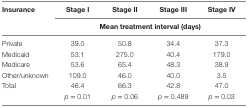
<table><thead><tr><td rowspan="3"><b>Insurance</b></td><td><b>Stage I</b></td><td><b>Stage II</b></td><td><b>Stage III</b></td><td><b>Stage IV</b></td></tr><tr><td colspan="4"><b>Mean treatment interval (days)</b></td></tr></thead><tbody><tr><td>Private</td><td>39.0</td><td>50.8</td><td>34.4</td><td>37.3</td></tr><tr><td>Medicaid</td><td>53.1</td><td>275.0</td><td>40.4</td><td>179.0</td></tr><tr><td>Medicare</td><td>53.6</td><td>65.4</td><td>48.3</td><td>38.9</td></tr><tr><td>Other/unknown</td><td>109.0</td><td>46.0</td><td>40.0</td><td>3.5</td></tr><tr><td>Total</td><td>46.4</td><td>66.3</td><td>42.8</td><td>47.0</td></tr><tr><td></td><td><i>p</i> = 0.01</td><td><i>p</i> = 0.06</td><td><i>p</i> = 0.489</td><td><i>p</i> = 0.03</td></tr></tbody></table>